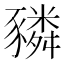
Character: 𧲂